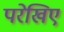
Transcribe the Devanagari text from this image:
परेखिए